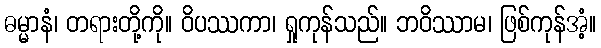
ဓမ္မာနံ၊ တရားတို့ကို။ ဝိပဿကာ၊ ရှုကုန်သည်။ ဘဝိဿာမ၊ ဖြစ်ကုန်အံ့။